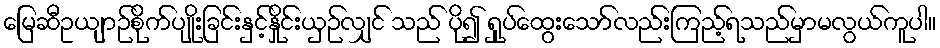
မြေဆီဥယျာဉ်စိုက်ပျိုးခြင်းနှင့်နှိုင်းယှဉ်လျှင် သည် ပို၍ ရှုပ်ထွေးသော်လည်းကြည့်ရသည်မှာမလွယ်ကူပါ။